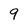
Character: 9